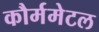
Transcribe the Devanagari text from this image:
कौर्ममेटल